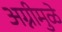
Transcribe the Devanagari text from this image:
अग्नीमुळे